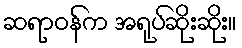
ဆရာဝန်က အရုပ်ဆိုးဆိုး။